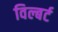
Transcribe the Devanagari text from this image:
विल्बर्ट